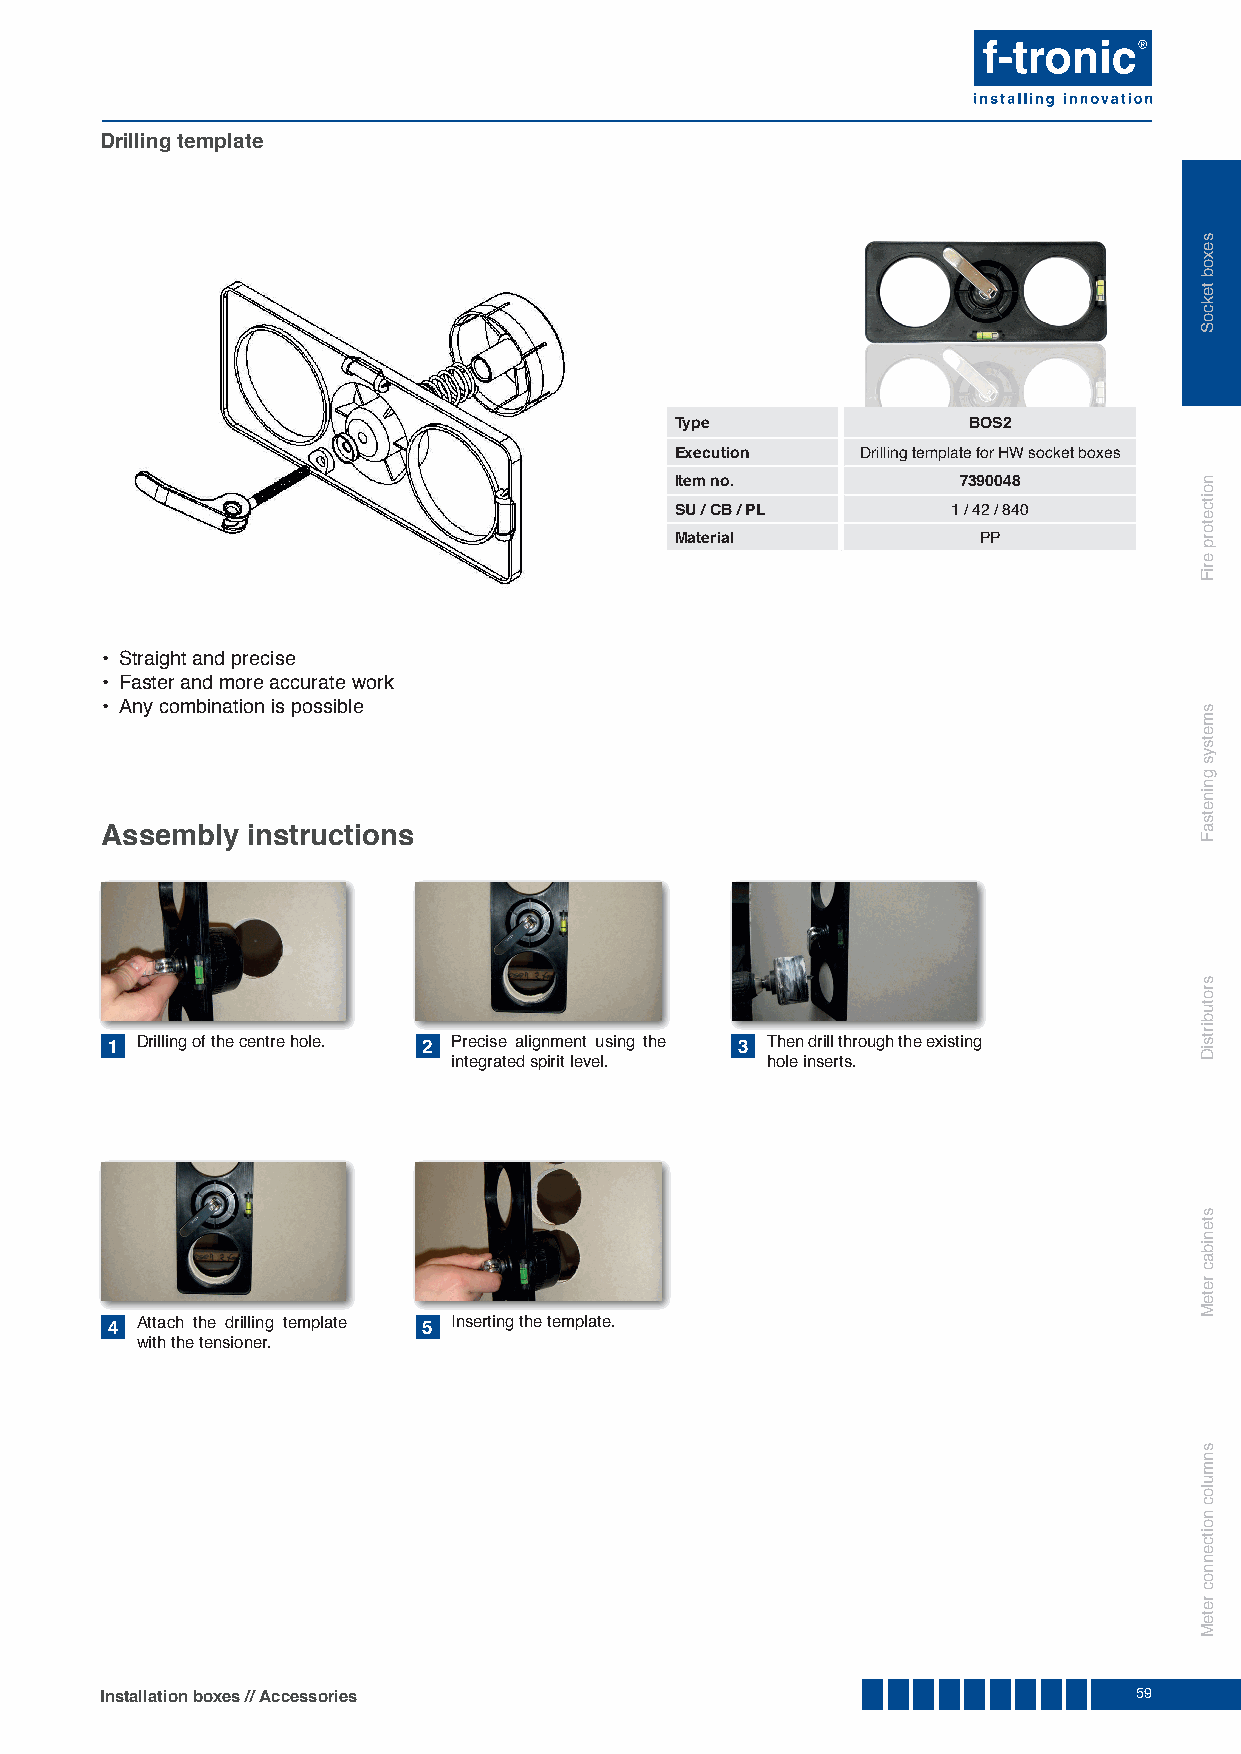
Drilling template
 Type               BOS2
 Execution   Drilling template for HW socket boxes
 Item no.           7390048
 SU / CB / PL      1 / 42 / 840
 Material            PP
 • Straight and precise
 • Faster and more accurate work
 • Any combination is possible
 Assembly instructions
 1 Drilling of the centre hole. 2 Precise alignment using the 3 Then drill through the existing
 integrated spirit level. hole inserts.
 4 Attach the drilling template 5 Inserting the template.
 with the tensioner.
 Installation boxes // Accessories                                   59
 sexob
 tekcoS
 noitcetorp
 eriF
 smetsys
 gninetsaF
 srotubirtsiD
 stenibac
 reteM
 snmuloc
 noitcennoc
 reteM